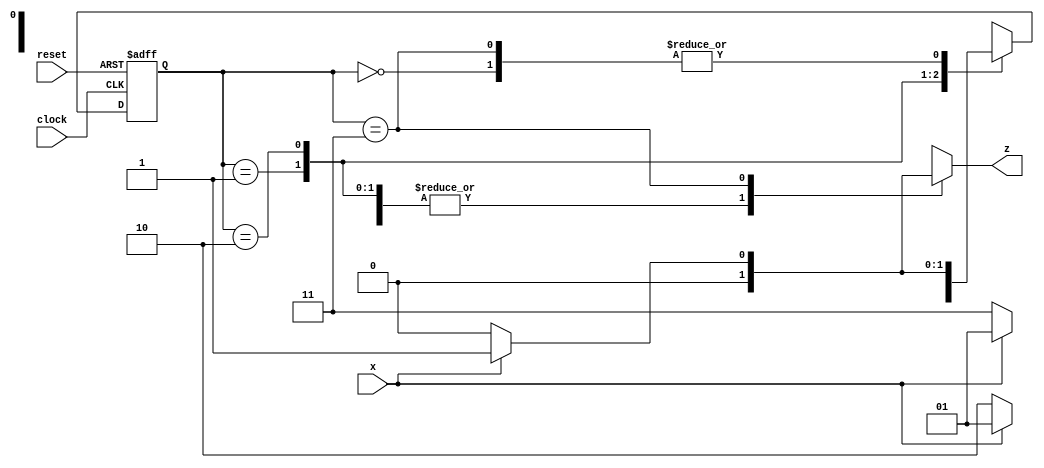
module fsmMealy (
  input clock, reset, x,
  output reg z
  );

parameter size = 4;
parameter A = 2'b00, B = 2'b01, C = 2'b10, D = 2'b11;
reg [1:0]   currentState, nextState;

always@(*)
begin
  casex (currentState)
   A: if (x == 1'b1) begin
              nextState = B;
	      z = 0;
          end else begin
              nextState = A;
              z = 0;
          end
   B: if (x == 1'b1) begin
              nextState = B;
              z = 0;
          end else begin
              nextState = C;
              z = 0;
          end
   C: if (x == 1'b1) begin
              nextState = B;
              z = 0;
          end else begin
              nextState = D;
              z = 0;
          end
   D: if (x == 1'b1) begin
              nextState = B;
              z = 1;
          end else begin
              nextState = A;
              z = 0;
          end
   default: begin
	  	nextState = 2'bxx;
		z = 1'bx;
	    end
  endcase
end
//Flip Flop
always @ (posedge clock, posedge reset)
begin
  if (reset == 1) 
    currentState <= A;
  else
    currentState <= nextState;
end
endmodule